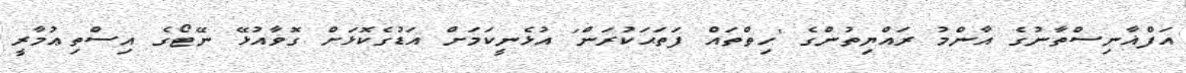
އަފްޣާނިސްތާނުގެ އާންމު ރައްޔިތުންގެ 'ހިތްތައް ފަތަޙަކުރަން' އުޅެނީކަމަށް އަޑުގެކޮޅަށް ގޮވާއުޅޭ ނޭޓޯގެ އިސްތިޢުމާރީ